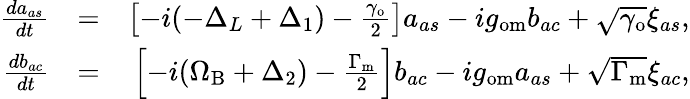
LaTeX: \begin{array}{rlr}{\frac{da_{as}}{dt}}&{=}&{\left[-i(-\Delta_{L}+\Delta_{1})-\frac{\gamma_{\mathrm{o}}}{2}\right]a_{as}-ig_{\mathrm{om}}b_{ac}+\sqrt{\gamma_{\mathrm{o}}}\xi_{as},}\\ {\frac{db_{ac}}{dt}}&{=}&{\left[-i(\Omega_{\mathrm{B}}+\Delta_{2})-\frac{\Gamma_{\mathrm{m}}}{2}\right]b_{ac}-ig_{\mathrm{om}}a_{as}+\sqrt{\Gamma_{\mathrm{m}}}\xi_{ac},}\end{array}